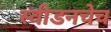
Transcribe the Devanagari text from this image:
स्वीडनचेच